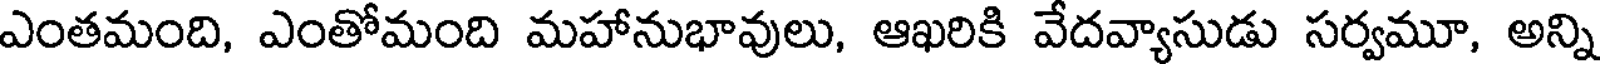
ఎంతమంది, ఎంతోమంది మహానుభావులు, ఆఖరికి వేదవ్యాసుడు సర్వమూ, అన్ని